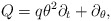
\begin{align*}Q = q \theta^2 \partial_t + \partial_{\theta},\end{align*}